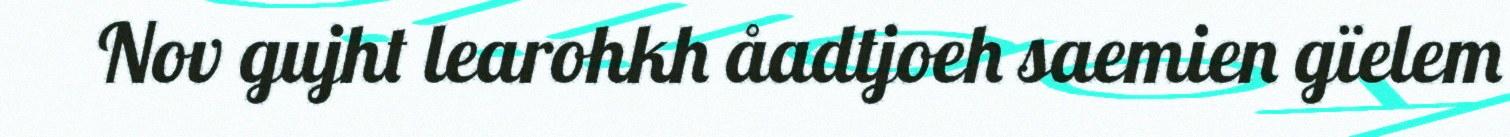
Nov gujht learohkh åadtjoeh saemien gïelem